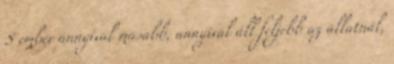
S ember annyival másabb, annyival áll feljebb az állatnál,